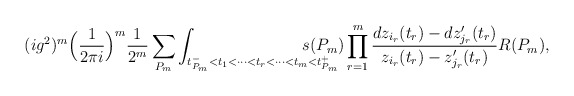
\begin{align*}(ig^2)^m\Big({1\over 2\pi i}\Big)^m {1\over 2^m}\sum_{P_m}\int_{t_{P_m}^-<t_1<\dots <t_r< \dots<t_m< t_{P_m}^+} {\hskip-1cm} s(P_m)\prod_{r=1}^m {d z_{i_r}(t_r) - d z_{j_r}'(t_r)\over z_{i_r}(t_r) -z_{j_r}'(t_r)} R(P_m),\end{align*}